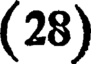
(28)